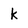
Character: k